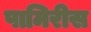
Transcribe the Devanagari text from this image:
पामिरीस